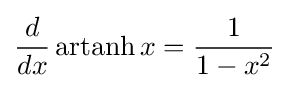
{\frac {d}{dx}}\operatorname {artanh} x={\frac {1}{1-x^{2}}}